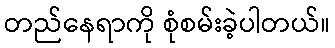
တည်နေရာကို စုံစမ်းခဲ့ပါတယ်။